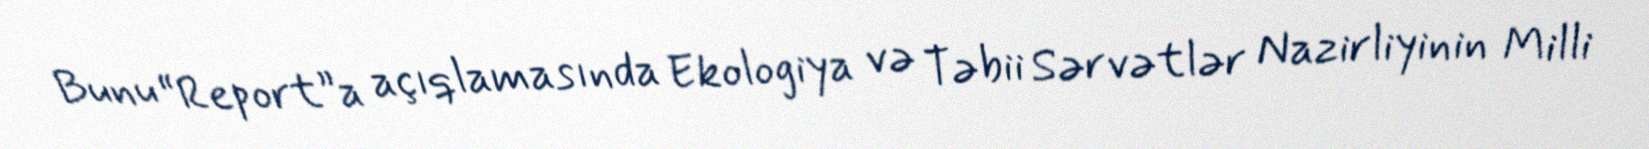
Bunu “Report”a açıqlamasında Ekologiya və Təbii Sərvətlər Nazirliyinin Milli